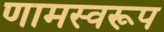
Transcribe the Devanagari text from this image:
णामस्वरूप